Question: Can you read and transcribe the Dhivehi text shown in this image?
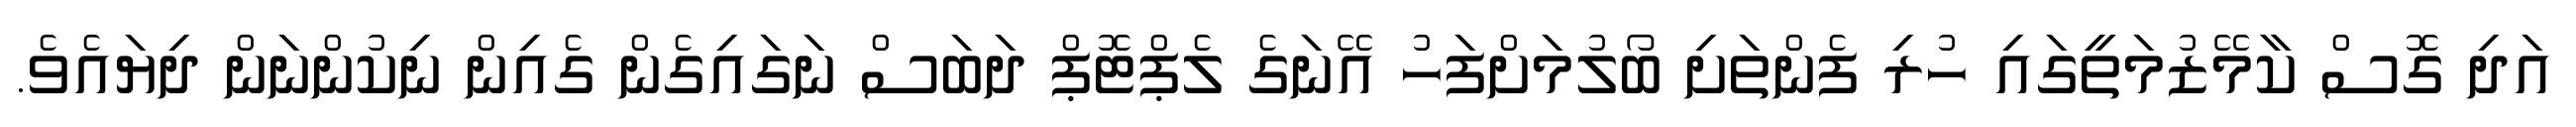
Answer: އަދި ގޮސް ކާމޭޒުމަތީގައި ހުރި ފެންތަށި ބޯލުމަށްފަހު އޭނަގެ ލެޕްޓޮޕް ދަބަސް ނަގައިގެން ގެއިން ނިކުންނަން ދިޔައެވެ.